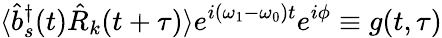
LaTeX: \langle{\hat{b}}_{s}^{\dagger}(t){\hat{R}}_{k}(t+\tau)\rangle e^{i(\omega_{1}-\omega_{0})t}e^{i\phi}\equiv g(t,\tau)